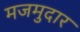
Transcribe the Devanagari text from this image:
मजमुदार